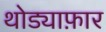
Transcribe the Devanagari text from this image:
थोड्याफ़ार